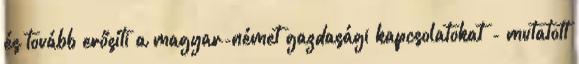
és tovább erősíti a magyar-német gazdasági kapcsolatokat - mutatott